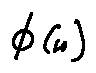
\phi ( n )